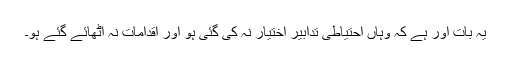
یہ بات اور ہے کہ وہاں احتیاطی تدابیر اختیار نہ کی گئی ہو اور اقدامات نہ اٹھائے گئے ہو۔